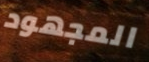
المجهود